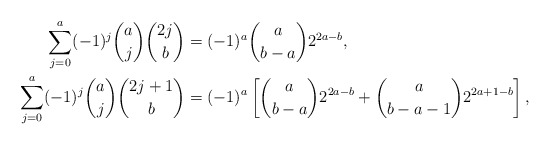
\begin{align*}\sum_{j=0}^a(-1)^j\binom{a}{j}\binom{2j}{b}&=(-1)^a\binom{a}{b-a}2^{2a-b},\\\sum_{j=0}^a(-1)^j\binom{a}{j}\binom{2j+1}{b}&=(-1)^a\left[\binom{a}{b-a}2^{2a-b}+\binom{a}{b-a-1}2^{2a+1-b}\right],\end{align*}